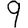
Digit: 9